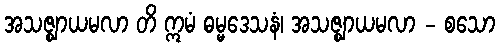
အသဇ္ဈာယမလာ တိ ဣမံ ဓမ္မဒေသနံ၊ အသဇ္ဈာယမလာ - စသော